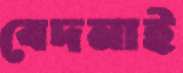
বেদনাই